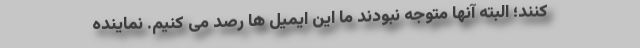
کنند؛ البته آنها متوجه نبودند ما این ایمیل ها رصد می کنیم. نماینده